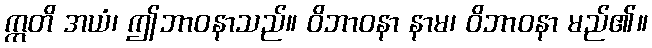
ဣတိ အယံ၊ ဤဘာဝနာသည်။ ဝိဘာဝနာ နာမ၊ ဝိဘာဝနာ မည်၏။